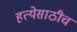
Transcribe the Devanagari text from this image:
हत्येसाठीच